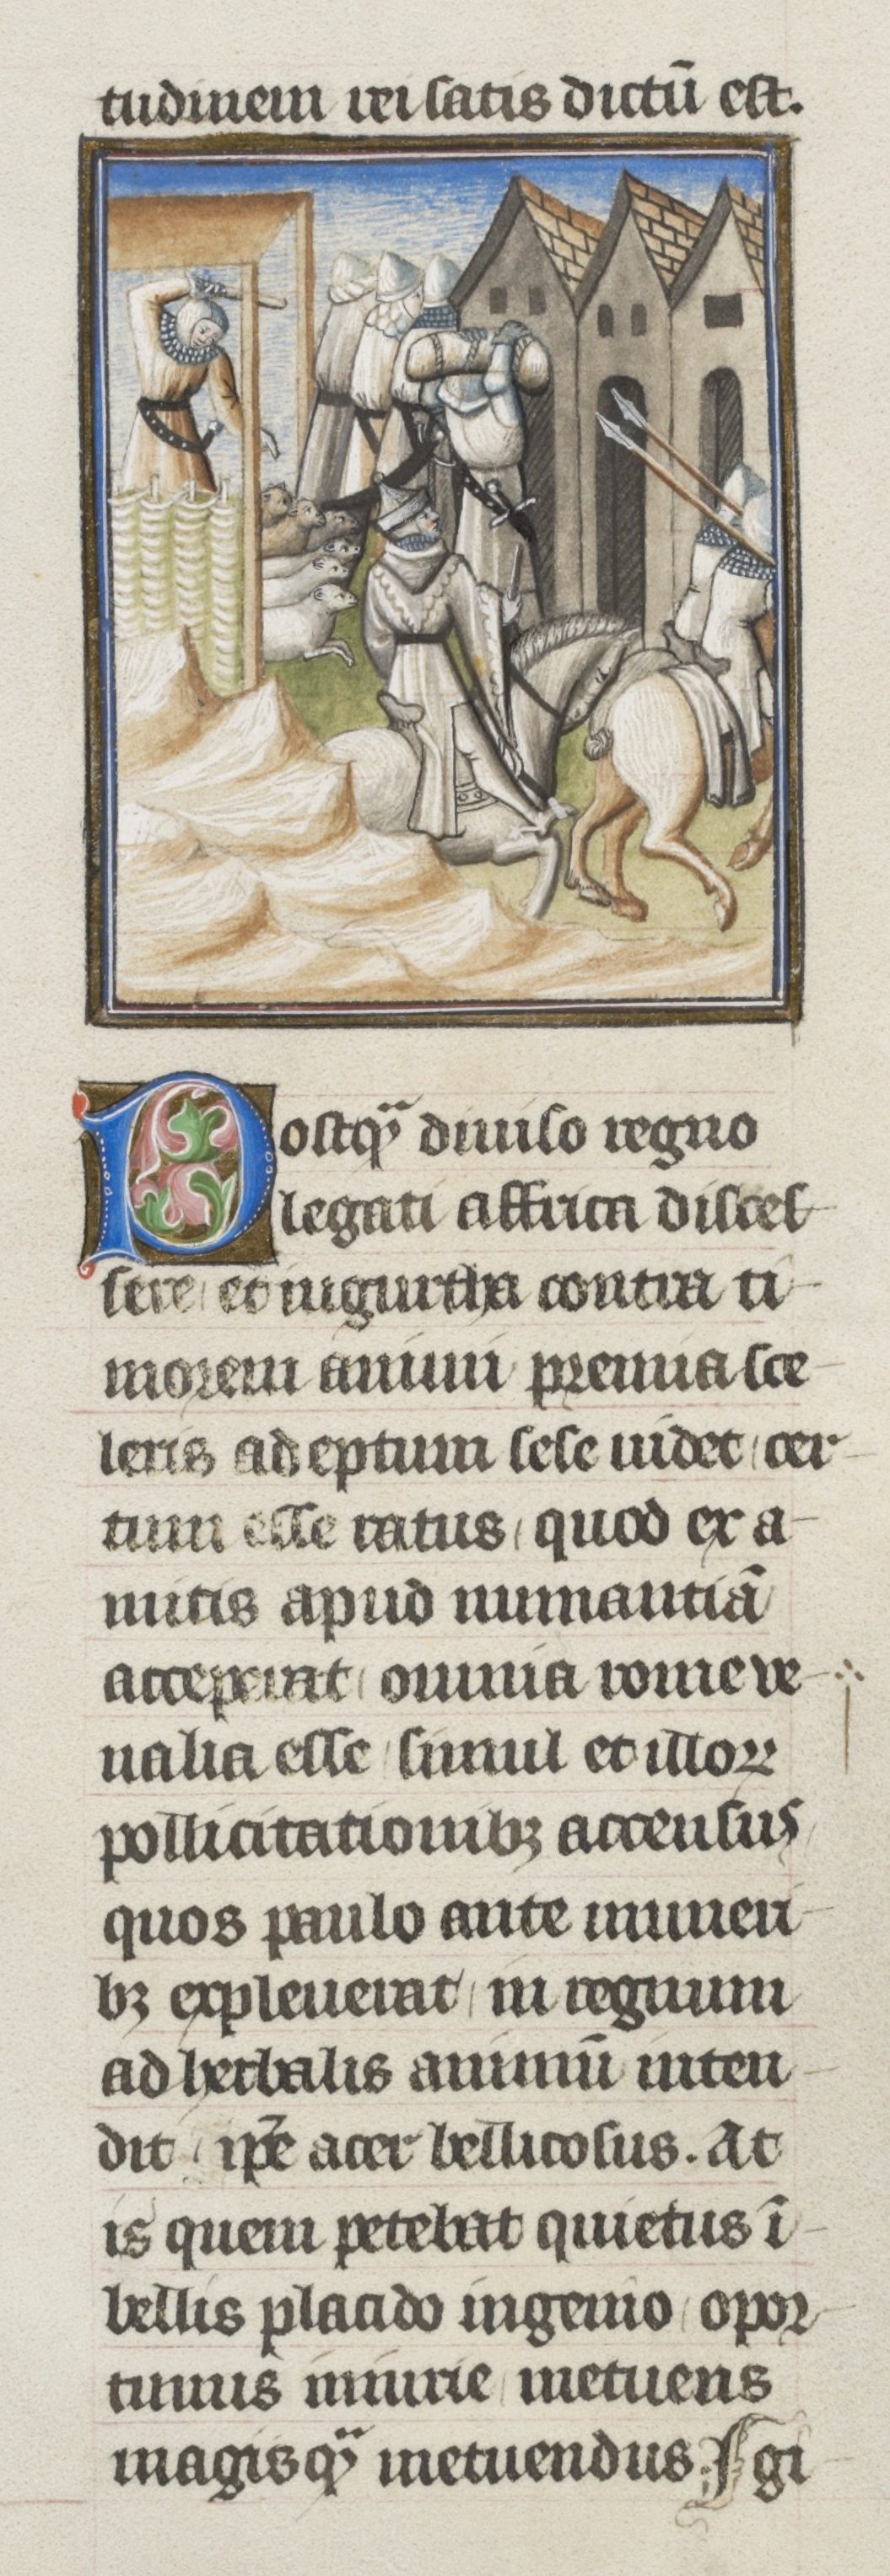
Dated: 1405–1435